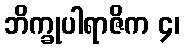
ဘိက္ခုပါရာဇိက ၄၊